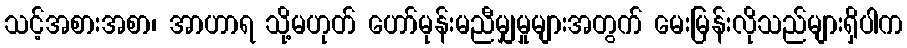
သင့်အစားအစာ၊ အာဟာရ သို့မဟုတ် ဟော်မုန်းမညီမျှမှုများအတွက် မေးမြန်းလိုသည်များရှိပါက